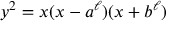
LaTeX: y ^ { 2 } = x ( x - a ^ { \ell } ) ( x + b ^ { \ell } )